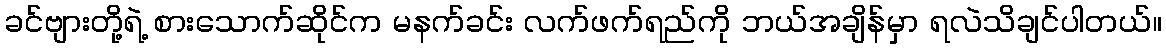
ခင်ဗျားတို့ရဲ့ စားသောက်ဆိုင်က မနက်ခင်း လက်ဖက်ရည်ကို ဘယ်အချိန်မှာ ရလဲသိချင်ပါတယ်။